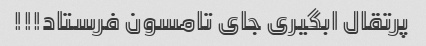
پرتقال ابگیری جای تامسون فرستاد!!!